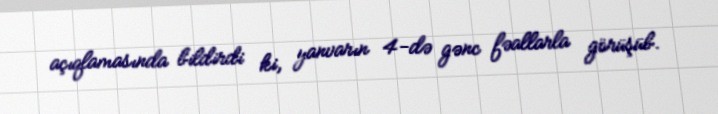
açıqlamasında bildirdi ki, yanvarın 4-də gənc fəallarla görüşüb.